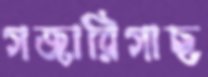
গজারিগাছ